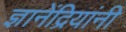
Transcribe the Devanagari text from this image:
ज्ञानेंद्रियांनी